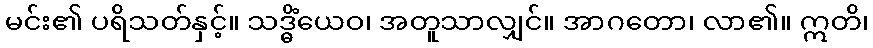
မင်း၏ ပရိသတ်နှင့်။ သဒ္ဓိံယေဝ၊ အတူသာလျှင်။ အာဂတော၊ လာ၏။ ဣတိ၊